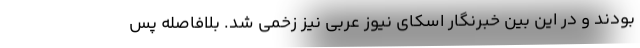
بودند و در این بین خبرنگار اسکای نیوز عربی نیز زخمی شد. بلافاصله پس